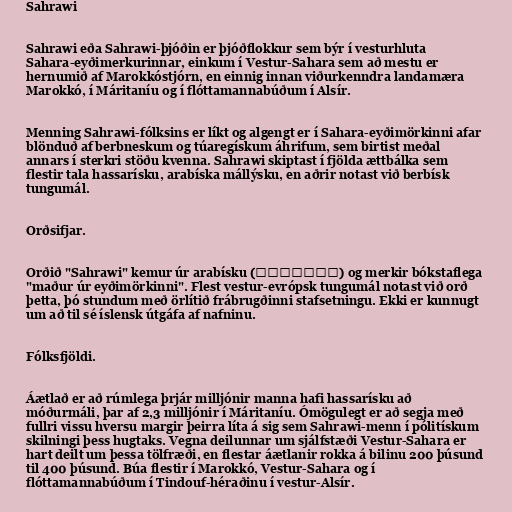
Sahrawi

Sahrawi eða Sahrawi-þjóðin er þjóðflokkur sem býr í vesturhluta
Sahara-eyðimerkurinnar, einkum í Vestur-Sahara sem að mestu er
hernumið af Marokkóstjórn, en einnig innan viðurkenndra landamæra
Marokkó, í Máritaníu og í flóttamannabúðum í Alsír.

Menning Sahrawi-fólksins er líkt og algengt er í Sahara-eyðimörkinni afar
blönduð af berbneskum og túaregískum áhrifum, sem birtist meðal
annars í sterkri stöðu kvenna. Sahrawi skiptast í fjölda ættbálka sem
flestir tala hassarísku, arabíska mállýsku, en aðrir notast við berbísk
tungumál.

Orðsifjar.

Orðið "Sahrawi" kemur úr arabísku (صحرواوي) og merkir bókstaflega
"maður úr eyðimörkinni". Flest vestur-evrópsk tungumál notast við orð
þetta, þó stundum með örlítið frábrugðinni stafsetningu. Ekki er kunnugt
um að til sé íslensk útgáfa af nafninu.

Fólksfjöldi.

Áætlað er að rúmlega þrjár milljónir manna hafi hassarísku að
móðurmáli, þar af 2,3 milljónir í Máritaníu. Ómögulegt er að segja með
fullri vissu hversu margir þeirra líta á sig sem Sahrawi-menn í pólitískum
skilningi þess hugtaks. Vegna deilunnar um sjálfstæði Vestur-Sahara er
hart deilt um þessa tölfræði, en flestar áætlanir rokka á bilinu 200 þúsund
til 400 þúsund. Búa flestir í Marokkó, Vestur-Sahara og í
flóttamannabúðum í Tindouf-héraðinu í vestur-Alsír.